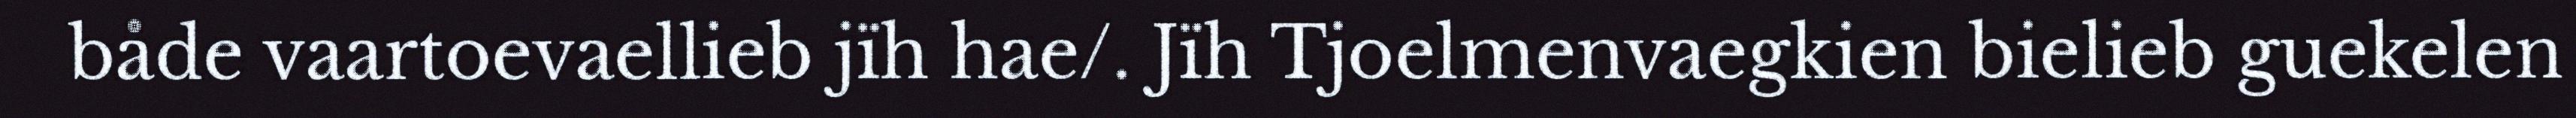
både vaartoevaellieb jïh hae/. Jïh Tjoelmenvaegkien bielieb guekelen